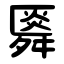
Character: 䑞